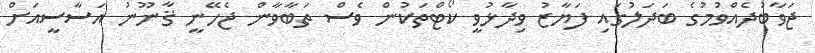
ޖަވާބުދެއްވުމުގެ ބަދަލުގައި ފަޔާޒު ވިދާޅުވީ ކޯޓްތަކުން ވެސް ތަބާވާން ޖެހޭނީ ޤާނޫނު އަސާސީއަށް